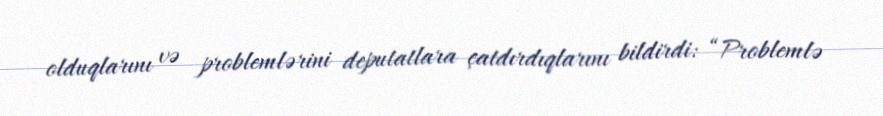
olduqlarını və problemlərini deputatlara çatdırdıqlarını bildirdi: “Problemlə